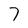
Character: 7